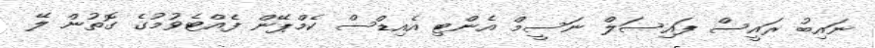
ނައިބު ރައީސް ފައިސަލް ނަސީމް އެންޓި އެއިޑްސް ކެމްޕޭން ފެއްޓެވުމުގެ ގޮތުން ލޭ